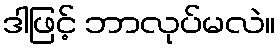
ဒါဖြင့် ဘာလုပ်မလဲ။